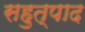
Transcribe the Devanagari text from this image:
सहुत्पाद